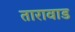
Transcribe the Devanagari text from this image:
तारावाड